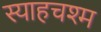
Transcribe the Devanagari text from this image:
स्याहचश्म